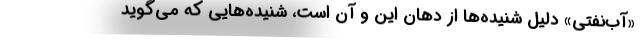
«آب‌نفتي» دليل شنيده‌ها از دهان اين و آن است، شنيده‌هايي كه مي‌گويد